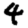
Digit: 4